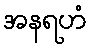
အနရဟံ